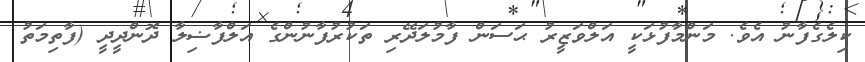
ކިލެގެފާނު އެވެ. މަންމާފުޅަކީ އަލްވަޒީރު ޙަސަން ފާމުލަދޭރި ތަކުރުފާނުންގެ އަލްފާޟިލާ ދޮންދީދީ (ފާތިމަތު